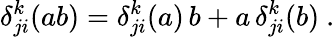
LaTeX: \delta_{ji}^{k}(ab)=\delta_{ji}^{k}(a)\, b+a\, \delta_{ji}^{k}(b)~.